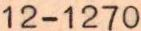
12-1270